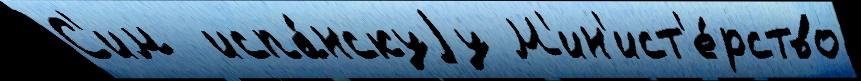
С'им  испа́нскуjу М'ин'ист'е́рство